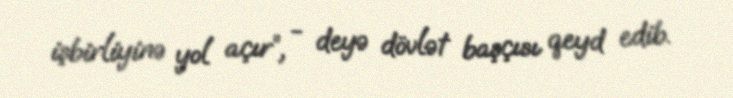
işbirliyinə yol açır”, - deyə dövlət başçısı qeyd edib.